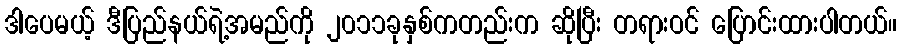
ဒါပေမယ့် ဒီပြည်နယ်ရဲ့အမည်ကို ၂၀၁၁ခုနှစ်ကတည်းက ဆိုပြီး တရားဝင် ပြောင်းထားပါတယ်။